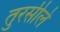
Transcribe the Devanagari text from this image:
तुरसीले